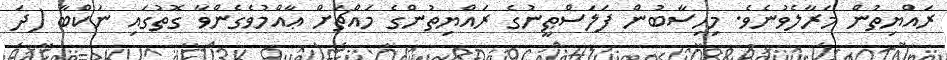
ރައްޔިތުން މަރާލެވުނެވެ. މިހިސާބުން ފަލަސްޠީނުގެ ރައްޔިތުންގެ މައްޗަށް ޢާއްމުވެގެންވާ ގޮތުގައި ނަކްބާ (ދަ